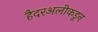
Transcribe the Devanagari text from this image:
हैदरअलीकडून